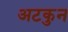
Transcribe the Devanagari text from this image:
अटकुन